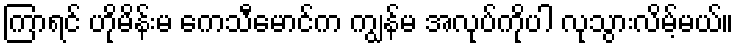
ကြာရင် ဟိုမိန်းမ ကေသီမောင်က ကျွန်မ အလုပ်ကိုပါ လုသွားလိမ့်မယ်။